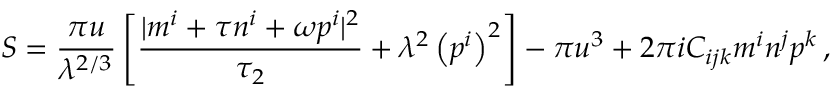
S = \frac { \pi u } { \lambda ^ { 2 / 3 } } \left[ \frac { | m ^ { i } + \tau n ^ { i } + \omega p ^ { i } | ^ { 2 } } { \tau _ { 2 } } + \lambda ^ { 2 } \left( p ^ { i } \right) ^ { 2 } \right] - \pi u ^ { 3 } + 2 \pi i C _ { i j k } m ^ { i } n ^ { j } p ^ { k } \, ,